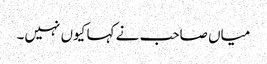
میاں صاحب نے کہا کیوں نہیں۔